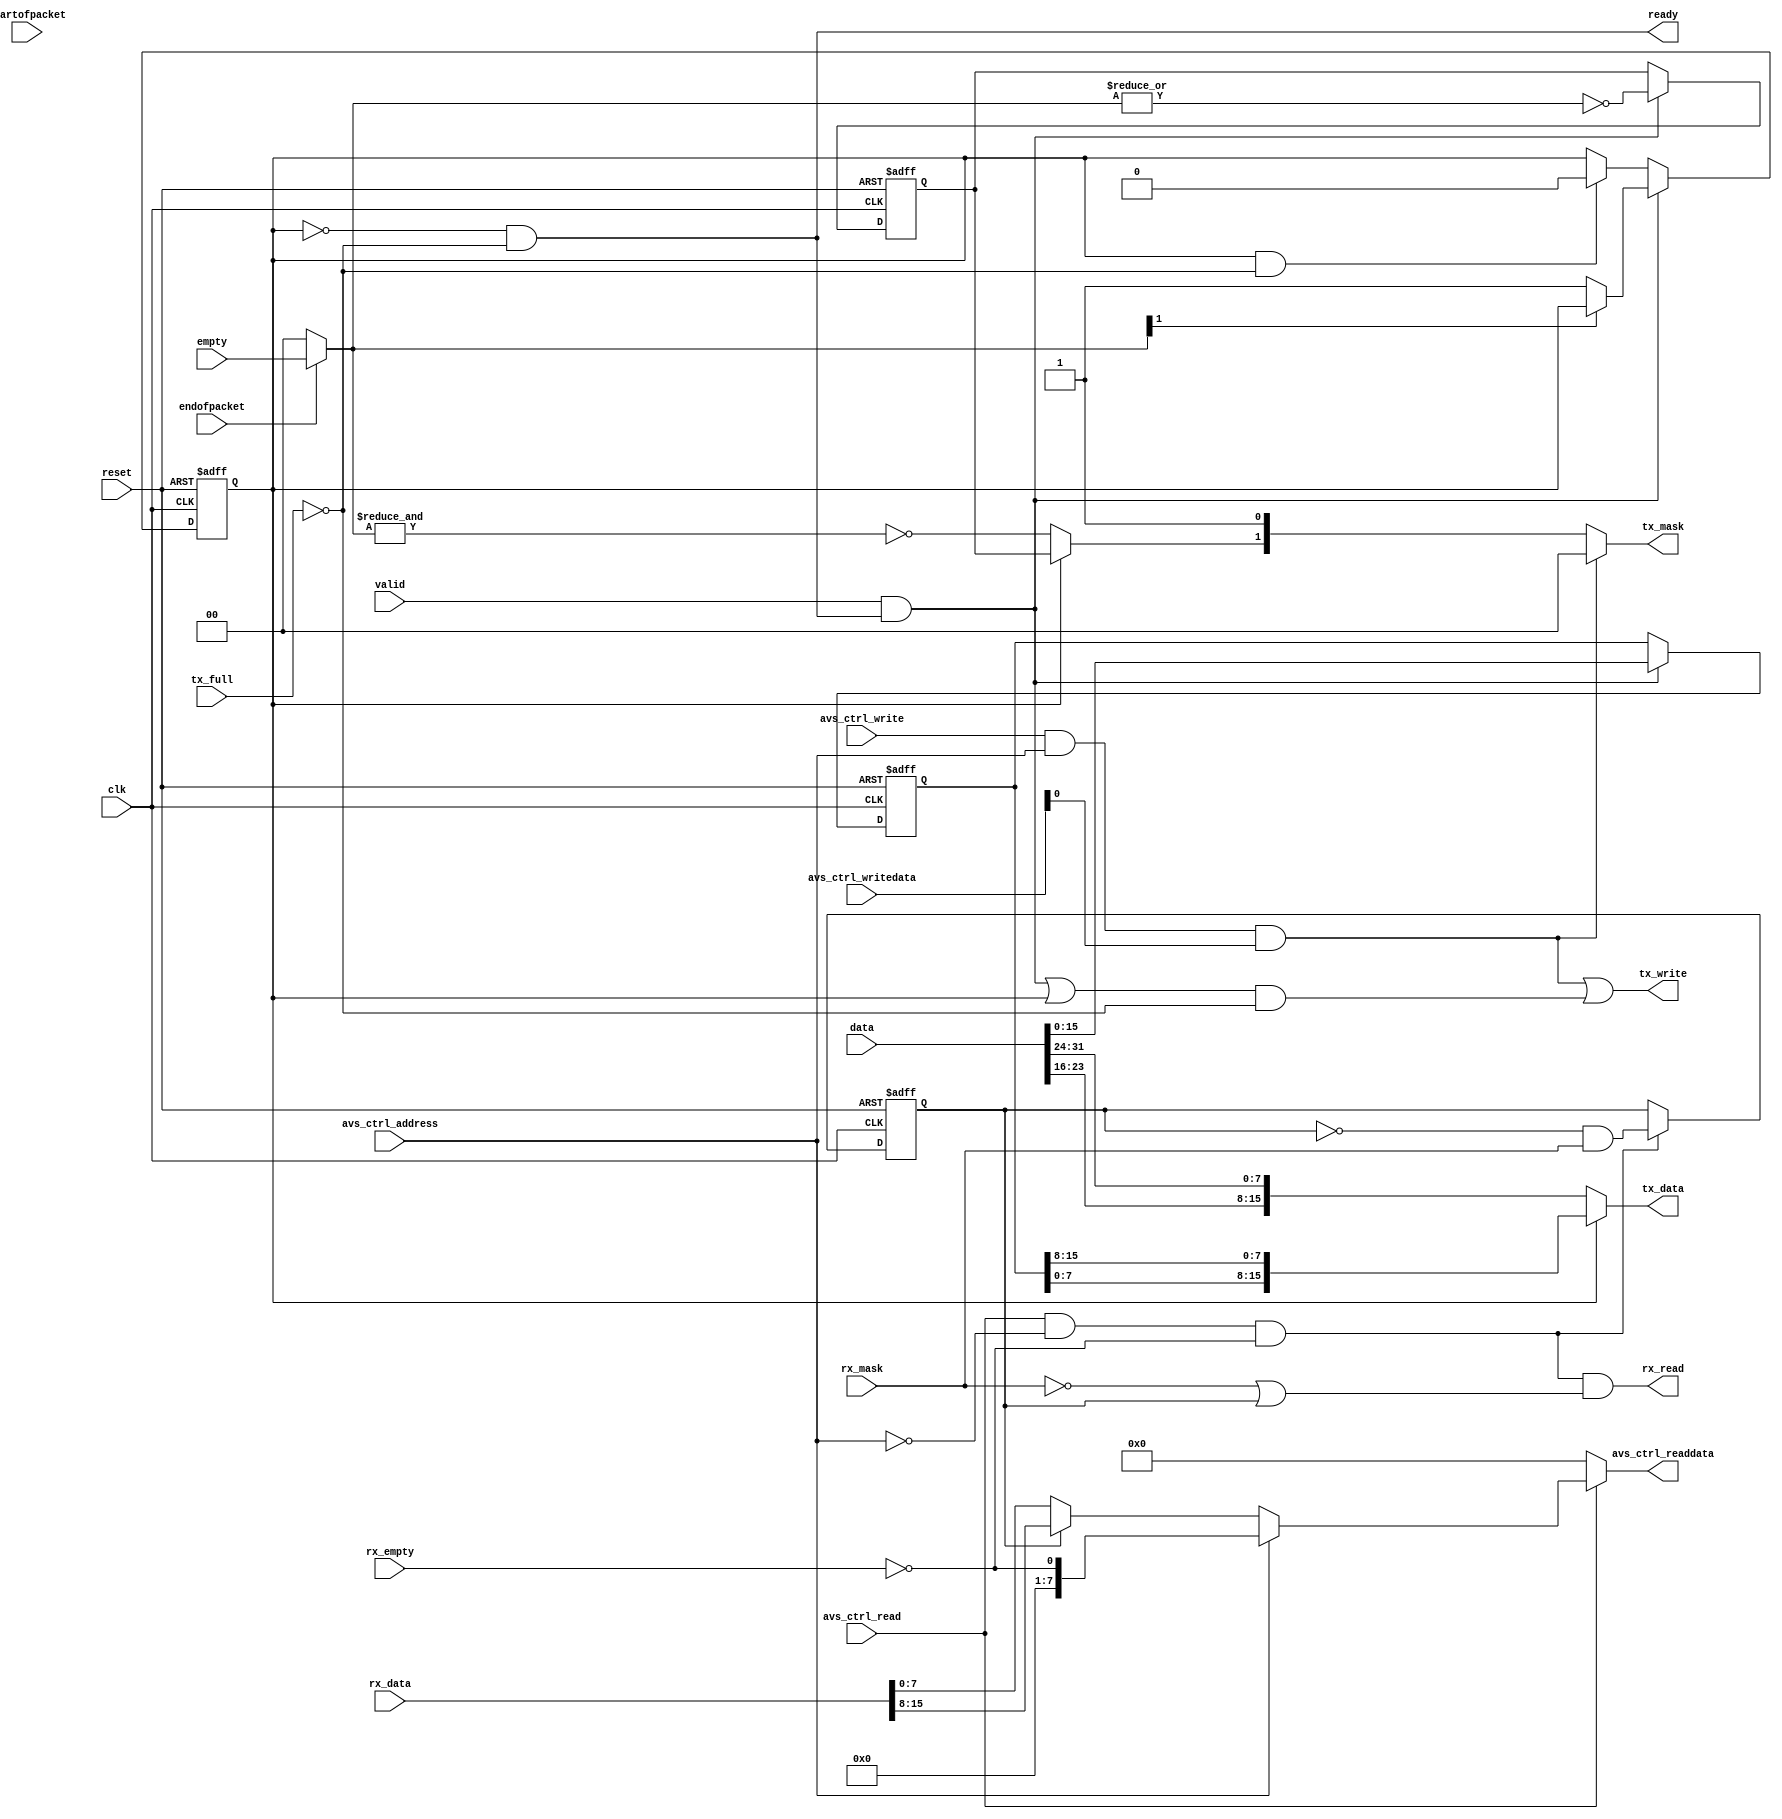
module usb_avalon_32bit
(
	input clk,
	input reset,

	// avs_ctrl
	input avs_ctrl_address,
	input avs_ctrl_write,
	input [7:0]avs_ctrl_writedata,
	input avs_ctrl_read,
	output [7:0]avs_ctrl_readdata,

	// asi_uplink
	output ready,
	input valid,
	input [31:0]data,
	input startofpacket,
	input endofpacket,
	input [1:0]empty,
	
	// tx fifo interface
	output tx_write,
	output [15:0]tx_data,
	output [1:0]tx_mask,
	input  tx_full,

	// rx fifo interface
	output rx_read,
	input  [15:0]rx_data,
	input  rx_mask,
	input  rx_empty
);

  // === avs_ctrl ===========================================================

	wire [7:0]readdata_fifo;
	wire [7:0]status = { 7'b0000000, !rx_empty };
	wire send;

	assign send	= avs_ctrl_write && avs_ctrl_address && avs_ctrl_writedata[0];
	assign avs_ctrl_readdata = avs_ctrl_read ?
		(avs_ctrl_address ? status : readdata_fifo) : 0;

	// --- data register
	reg rx_upper;
	assign readdata_fifo = rx_upper ? rx_data[15:8] : rx_data[7:0];
	assign rx_read = avs_ctrl_read && !avs_ctrl_address && !rx_empty && (!rx_mask || rx_upper);
	
	always @(posedge clk or posedge reset)
	begin
		if (reset) rx_upper <= 0;
		else if (avs_ctrl_read && !avs_ctrl_address && !rx_empty)
			rx_upper <= !rx_upper && rx_mask;
	end


	// === asi_uplink =========================================================

	reg [15:0]tx_ldata;
	reg tx_lmask;
	reg tx_lower;

	wire tx_ena = valid & ready;
	wire [1:0]tx_empty = endofpacket ? empty : 2'b00;

	assign ready = !tx_lower && !tx_full;
	
	wire tx_mask_dat  = tx_lower ? tx_lmask : ~&tx_empty;
	wire tx_write_dat = (tx_ena || tx_lower) && ! tx_full;

	assign tx_data = tx_lower ?
		{tx_ldata[7:0], tx_ldata[15:8]} : {data[23:16], data[31:24]};
	assign tx_mask = send ? 2'b00 : {tx_mask_dat, 1'b1};
	assign tx_write = send || tx_write_dat;

	always @(posedge clk or posedge reset)
	begin
		if (reset)
		begin
			tx_ldata <= 0;
			tx_lmask <= 0;
			tx_lower <= 0;
		end
		else if (tx_ena)
		begin
			tx_ldata <= data[15:0];
			tx_lmask <= ~|tx_empty;
			if (!tx_empty[1]) tx_lower <= 1;
		end
		else if (tx_lower && !tx_full) tx_lower <= 0;
	end


endmodule